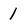
Character: 1